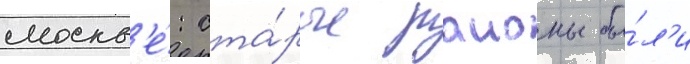
москв'е́: ста́рые раионы бы́л'и